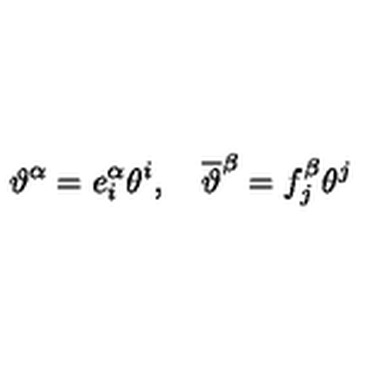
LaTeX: \vartheta ^ { \alpha } = e _ { i } ^ { \alpha } \theta ^ { i } , \quad \overline { { \vartheta } } ^ { \beta } = f _ { j } ^ { \beta } \theta ^ { j }